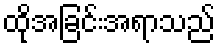
ထိုအခြင်းအရာသည်